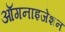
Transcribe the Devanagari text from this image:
ऑगनाइजेशन